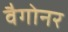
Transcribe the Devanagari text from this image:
वैगोनर